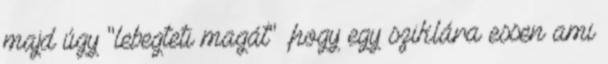
majd úgy "lebegteti magát" ,hogy egy sziklára essen ami